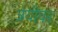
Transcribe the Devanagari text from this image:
त्रयीवर